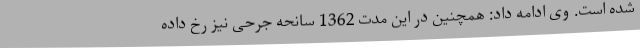
شده است. وی ادامه داد: همچنین در این مدت 1362 سانحه جرحی نیز رخ داده